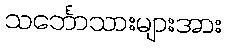
သင်္ဘောသားများအား